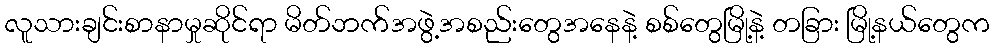
လူသားချင်းစာနာမှုဆိုင်ရာ မိတ်ဘက်အဖွဲ့အစည်းတွေအနေနဲ့ စစ်တွေမြို့နဲ့ တခြား မြို့နယ်တွေက